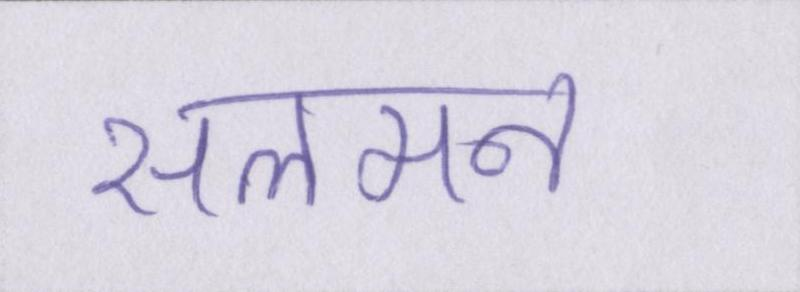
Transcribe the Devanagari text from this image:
सलमन